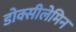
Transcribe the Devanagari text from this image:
डोक्सीलेमिन